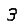
Digit: 3